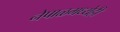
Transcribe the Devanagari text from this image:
नेपाळमध्येही